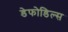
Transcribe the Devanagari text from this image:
डेफोडिल्स